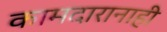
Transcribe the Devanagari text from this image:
कामदारानाही